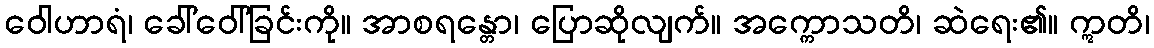
ဝေါဟာရံ၊ ခေါ်ဝေါ်ခြင်းကို။ အာစရန္တော၊ ပြောဆိုလျက်။ အက္ကောသတိ၊ ဆဲရေး၏။ ဣတိ၊